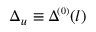
\Delta _ { u } \equiv \Delta \! ^ { { \scriptscriptstyle ( 0 ) } } ( l )